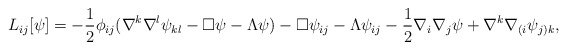
\begin{align*}L_{ij}[\psi] =- \frac{1}{2}\phi_{ij}(\nabla^k\nabla^l\psi_{kl}-\square\psi-\Lambda\psi)- \square \psi_{ij} - \Lambda \psi_{ij}- \frac{1}{2}\nabla_i\nabla_j \psi + \nabla^k\nabla_{(i}\psi_{j)k} ,\end{align*}